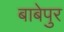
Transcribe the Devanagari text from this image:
बाबेपुर